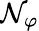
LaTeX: \mathcal{N}_{\varphi}